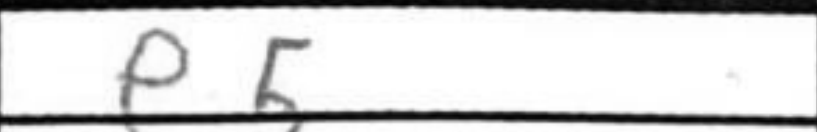
Transcription: e5